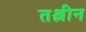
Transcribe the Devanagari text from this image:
तश्लीन